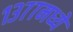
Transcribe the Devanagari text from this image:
१३७७मध्ये